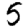
Digit: 5